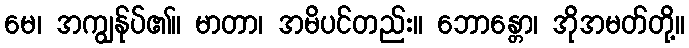
မေ၊ အကျွန်ုပ်၏။ မာတာ၊ အမိပင်တည်း။ ဘောန္တော၊ အိုအမတ်တို့။